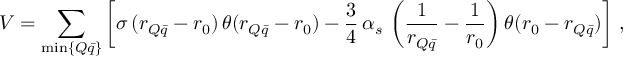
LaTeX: V = \sum _ { \operatorname * { m i n } \{ Q \bar { q } \} } \left[ \sigma \, ( r _ { Q \bar { q } } - r _ { 0 } ) \, \theta ( r _ { Q \bar { q } } - r _ { 0 } ) - \frac { 3 } { 4 } \, \alpha _ { s } \, \left( \frac { 1 } { r _ { Q \bar { q } } } - \frac { 1 } { r _ { 0 } } \right) \theta ( r _ { 0 } - r _ { Q \bar { q } } ) \right] \, ,